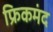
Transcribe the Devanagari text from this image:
फ्रिकमंद